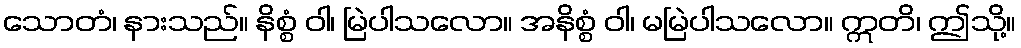
သောတံ၊ နားသည်။ နိစ္စံ ဝါ၊ မြဲပါသလော။ အနိစ္စံ ဝါ၊ မမြဲပါသလော။ ဣတိ၊ ဤသို့။